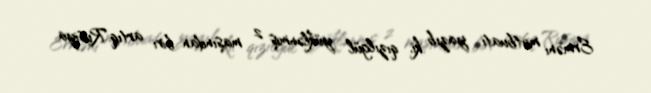
Erməni mətbuatı yazıb ki, qızılgül yüklənmiş 2 maşından biri artıq Rusiya